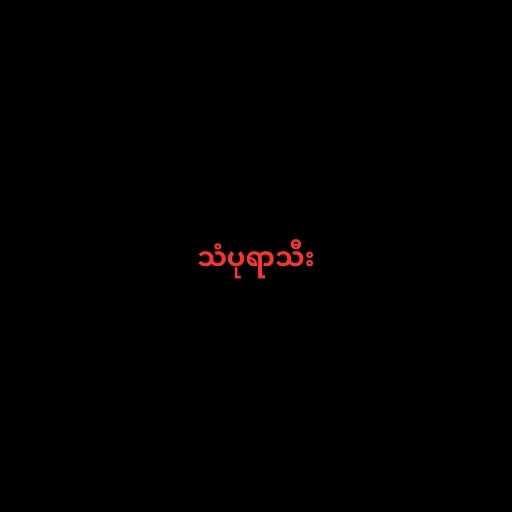
သံပုရာသီး